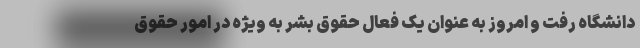
دانشگاه رفت و امروز به عنوان یک فعال حقوق بشر به ویژه در امور حقوق